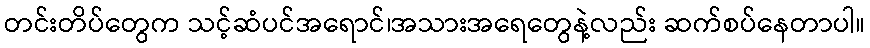
တင်းတိပ်တွေက သင့်ဆံပင်အရောင်၊အသားအရေတွေနဲ့လည်း ဆက်စပ်နေတာပါ။